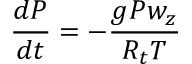
\frac { d { P } } { d t } = - \frac { g { P } w _ { z } } { R _ { t } { { T } } } ~ ~